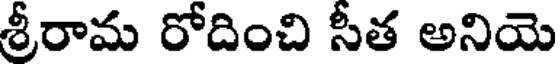
శ్రీరామ రోదించి సీత అనియె